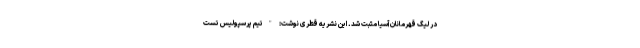
در لیگ قهرمانان آسیا مثبت شد. این نشریه قطری نوشت: "تیم پرسپولیس تست